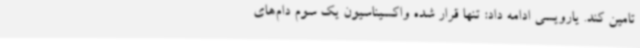
تامین کند. یارویسی ادامه داد: تنها قرار شده واکسیناسیون یک سوم دام‌های